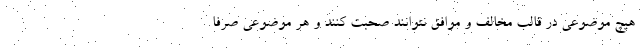
هیچ موضوعی در قالب مخالف و موافق نتوانند صحبت کنند و هر موضوعی صرفاً